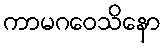
ကာမဂဝေသိနော